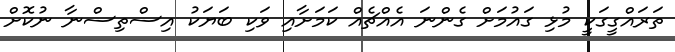
ތަރައްގީގަކީ މުޅި ގައުމަށް ގެންނަ އެއްޗެއް ކަމަށާއި ވަކި ބަޔަކު އިސްތިސްނާ ނުކޮށް